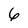
Character: 6